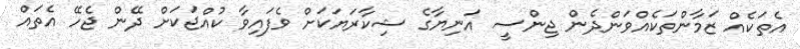
އެތަކެއް ޒަމާންތަކެއްވަންދެން ޖިންސީ އަނިޔާގެ ޝިކާރަޔަކަށް ވެފައިވާ ކުއްޖަކަށް ދޭން ޖެހޭ އެތައް